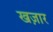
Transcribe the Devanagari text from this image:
खज़ार